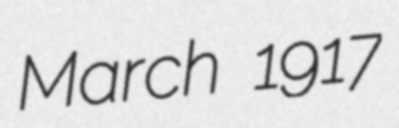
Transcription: March 1917